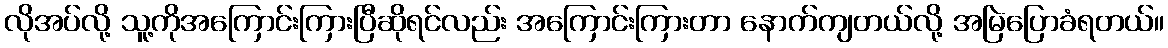
လိုအပ်လို့ သူ့ကိုအကြောင်းကြားပြီဆိုရင်လည်း အကြောင်းကြားတာ နောက်ကျတယ်လို့ အမြဲပြောခံရတယ်။